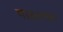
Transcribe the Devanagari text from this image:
माहात्यम